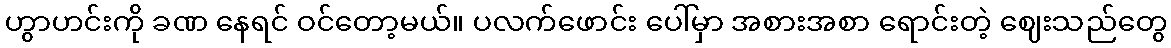
ဟွာဟင်းကို ခဏ နေရင် ဝင်တော့မယ်။ ပလက်ဖောင်း ပေါ်မှာ အစားအစာ ရောင်းတဲ့ ဈေးသည်တွေ